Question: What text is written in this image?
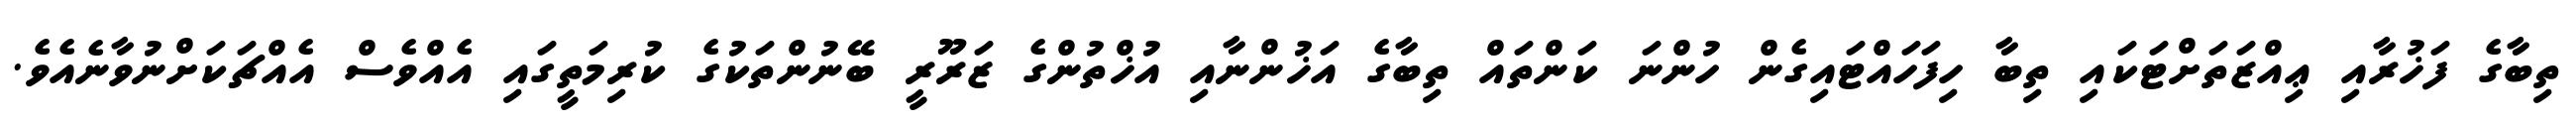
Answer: ތިބާގެ ފަޚުރާއި ޢިއްޒަތަށްޓަކައި ތިބާ ހިފަހައްޓައިގެން ހުންނަ ކަންތައް ތިބާގެ އަޚުންނާއި އުޚްތުންގެ ޒަރޫރީ ބޭނުންތަކުގެ ކުރިމަތީގައި އެއްވެސް އެއްޗަކަށްނުވާނެއެވެ.